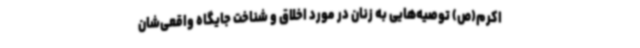
اکرم(ص) توصیه‌هایی به زنان در مورد اخلاق و شناخت جایگاه واقعی‌شان